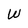
Character: W